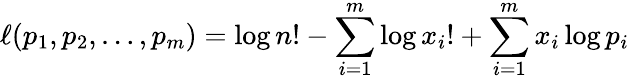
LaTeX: \ell(p_{1},p_{2},\ldots,p_{m})=\log n!-\sum_{i=1}^{m}\log x_{i}!+\sum_{i=1}^{m}x_{i}\log p_{i}